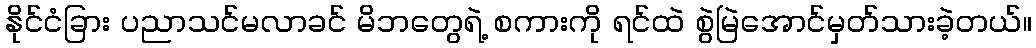
နိုင်ငံခြား ပညာသင်မလာခင် မိဘတွေရဲ့ စကားကို ရင်ထဲ စွဲမြဲအောင်မှတ်သားခဲ့တယ်။